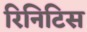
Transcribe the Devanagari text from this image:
रिनिटिस